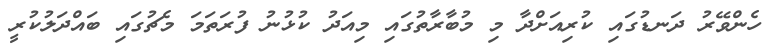
ހެންވޭރު ދަނޑުގައި ކުރިއަށްދާ މި މުބާރާތުގައި މިއަދު ކުޅުނު ފުރަތަމަ މެޗުގައި ބައްދަލުކުރީ